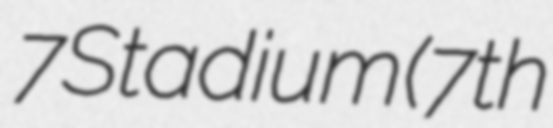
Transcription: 7 Stadium (7th